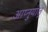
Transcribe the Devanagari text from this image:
आप्नुयात्